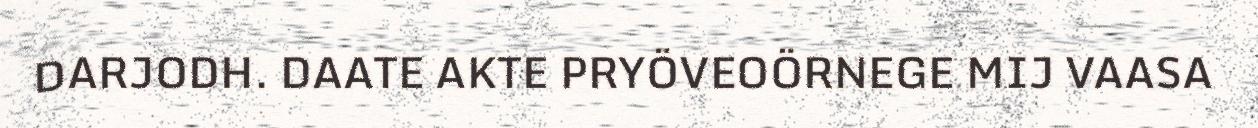
DARJODH. DAATE AKTE PRYÖVEOÖRNEGE MIJ VAASA